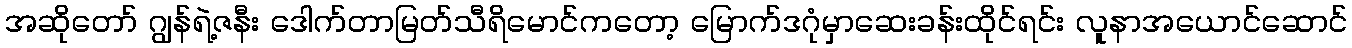
အဆိုတော် ဂျွန်ရဲ့ဇနီး ဒေါက်တာမြတ်သီရိမောင်ကတော့ မြောက်ဒဂုံမှာဆေးခန်းထိုင်ရင်း လူနာအယောင်ဆောင်